Annual report on the working of the mental hospitals in the Madras Presidency - 1912-1932
Year: 1912
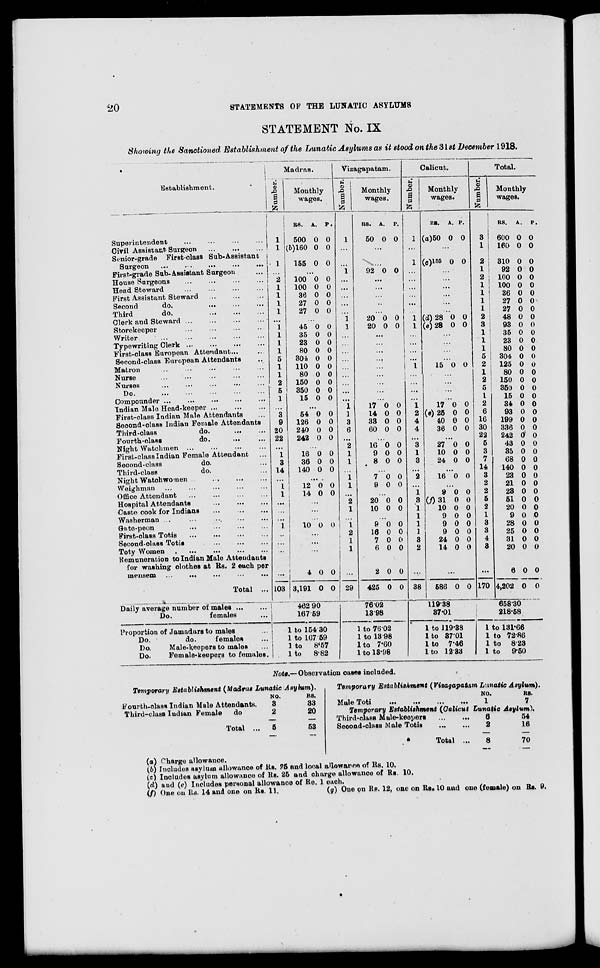
20
STATEMENTS OP THE LUNATIC ASYLUMS
STATEMENT No. IX
Showing the Sanctioned Establishment of the Lunatic Asylums as it stood on the 31st December 1918.
Establishment.
Superintendent ... ... ... ...
Civil Assistant Surgeon
...
...
...
Senior-grade First-class Sub-Assistant
Surgeon
...
...
...
...
...
First-grade Sub-Assistant Surgeon ...
House Surgeons ... ... ... ...
Head Steward
...
...
...
...
First Assistant Steward
...
...
...
Second
do.
...
...
...
Third
do.
...
...
...
Clerk and Steward
...
...
...
...
Storekeeper
...
...
...
...
Writer ... ... ... ... ...
Typewriting Clerk
...
...
...
...
First-class European Attendant ... ...
Second-class- European Attendants ...
Matron
...
...
...
...
...
Nurse ... ... ... ... ...
Nurses ... ... ... ... ...
Do.
...
...
...
...
...
Compounder ... ... ... ... ...
Indian Male Head-keeper
...
...
...
First-class Indian Male Attendants ...
Second-class Indian Female Attendants
Third-class
do.
...
...
Fourth-class
do. ... ...
Night Watchmen
...
...
...
...
First-class Indian Female Attendant ...
Second-class
do. ...
Third-class
do. ...
Night Watchwomen
...
...
...
...
Weighman ... ... ... ... ...
Office Attendant ... ... ... ...
Hospital Attendants
...
...
...
Caste cook for Indians ... ... ...
Washerman
...
...
...
...
Gate-peon ... ... ... ...
First-class Totis ... ... ... ...
Second-class Totis
...
...
...
Toty Women ... ... ... ...
Remuneration to Indian Male Attendants
for washing clothes at Rs. 2 each per
mensem ... ... ... ... ...
Total ...
Daily average number of males ... ...
Do.
females ...
Proportion of Jamadars to males ...
Do.
do.
females ...
Do.
Male-keepers to males ...
Do.
Female-keepers to females.
Madras.
Number.
1
1
1
...
2
1
1
1
1
...
1
1
1
1
5
1
1
2
5
1
...
3
9
20
22
...
1
3
14
...
1
1
...
...
...
1
...
...
...
...
103
Monthly
wages.
RS.
500
(b)160
155
A.
0
0
0
p.
0
0
0
...
100
100
36
27
27
0
0
0
0
0
0
0
0
0
0
...
45
35
23
80
304
110
80
150
350
15
0
0
0
0
0
0
0
0
0
0
0
0
0
0
0
0
0
0
0
0
...
54
126
240
242
0
0
0
0
0
0
0
0
...
16
36
140
0
0
0
0
0
0
...
12
14
0
0
0
0
...
...
...
10 0 0
...
...
...
4
3,191
0
0
0
0
462.90
167.59
1 to 154.30
1 to 167.59
1 to 8.57
1 to 8.82
Vizagapatam.
Number.
1
...
...
1
...
...
...
...
...
1
1
...
...
...
...
...
...
...
...
...
1
1
3
6
...
2
1
1
...
1
1
...
2
1
...
1
2
1
1
...
29
Monthly
wages.
RS.
50
A.
0
p.
0
...
...
92 0 0
...
...
...
...
...
20
20
0
0
0
0
...
...
...
...
...
...
...
...
...
17
14
33
60
0
0
0
0
0
0
0
0
...
16
9
8
0
0
0
0
0
0
...
7
9
0
0
0
0
...
20
10
0
0
0
0
...
9
16
7
6
2
425
0
0
0
0
0
0
0
0
0
0
0
0
76.02
13.98
1 to 76.02
1 to 13.98
1 to 7.60
1 to 13.98
Calicut.
Number.
1
...
1
...
...
...
...
...
...
1
1
...
...
...
...
1
...
...
...
...
1
2
4
4
...
3
1
3
...
2
...
1
3
1
1
1
1
3
2
...
38
Monthly
wages.
KB.
(a)50
A.
0
p.
0
...
(c)155 0 0
...
...
...
...
...
...
(d)28
(e)28
0
0
0
0
...
...
...
...
15 0 0
...
...
...
...
17
(e) 25
40
36
0
0
0
0
0
0
0
0
...
27
10
24
0
0
0
0
0
0
...
16 0 0
...
9
(f)31
10
9
9
9
24
14
0
0
0
0
0
0
0
0
0
0
0
0
0
0
0
0
...
586 0 0
119.38
37.01
1 to 119.38
1 to 37.01
1 to 7.46
1 to 12.33
Total.
Number.
3
1
2
1
2
1
1
1
1
2
3
1
1
1
5
2
1
2
5
1
2
6
16
30
22
5
3
7
14
3
2
2
5
2
1
3
3
4
3
...
170
Monthly
wages.
RS.
600
160
310
92
100
100
36
27
27
48
93
35
23
80
304
125
80
150
350
15
34
93
199
336
242
43
35
68
140
23
21
28
51
20
9
28
25
31
20
6
4,202
A.
0
0
0
0
0
0
0
0
0
0
0
0
0
0
0
0
0
0
0
0
0
0
0
0
0
0
0
0
0
0
0
0
0
0
0
0
0
0
0
0
0
p.
0
0
0
0
0
0
0
0
0
0
0
0
0
0
0
0
0
0
0
0
0
0
0
0
0
0
0
0
0
0
0
0
0
0
0
0
0
0
0
0
0
658.30
218.58
1 to 131.66
1 to 72.86
1 to 8.23
1 to 9.50
Note.— Observation cases included.
Temporary Establishment (Madras Lunatic Asylum).
Fourth-class Indian Male Attendants.
Third-class Indian Female
do
Total ...
NO.
3
2
5
RS.
33
20
53
Temporary Establishment (Vizagapatum Lunatic Asylum).
Male Toti
...
...
...
...
NO.
1
RS.
7
Temporary Establishment (Calicut Lunatic Asylum).
Third-class Male-keepers
...
...
Second-class Male Totis
...
...
Total ...
6
2
8
54
16
70
(a) Charge allowance.
(b) Includes asylum allowance of Rs. 25 and local allowance of Rs. 10.
(c) Includes asylum allowance of Rs. 25 and charge allowance of Rs. 10.
(d) and (e) Includes personal allowance of Re. 1 each.
(f) One on Rs. 14 and one on Rs. 11.
(g) One on Rs. 12, one on Rs. 10 and one (female) on Rs. 9.